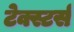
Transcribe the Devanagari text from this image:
टेक्स्टर्स